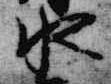
水